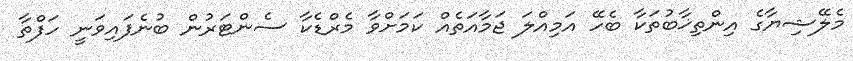
މެލޭޝިޔާގެ އިންތިޚާބުތަކާ ބެހޭ އަމިއްލަ ޖަމާއަތެއް ކަމަށްވާ މެރްޑެކާ ސެންޓަރުން ބުނެފައިވަނީ ހަފްތާ